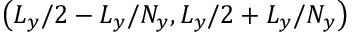
\left( L _ { y } / 2 - L _ { y } / N _ { y } , L _ { y } / 2 + L _ { y } / N _ { y } \right)